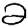
Digit: 2